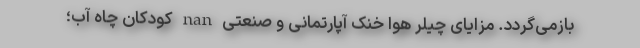
بازمی‌گردد. مزایای چیلر هوا خنک آپارتمانی و صنعتی nan کودکان چاه آب؛